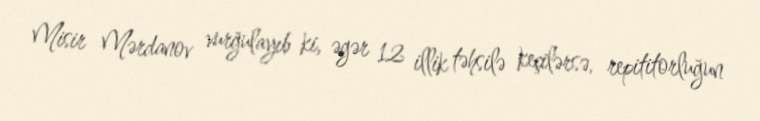
Misir Mərdanov vurğulayıb ki, əgər 12 illik təhsilə keçilərsə, repititorluğun